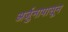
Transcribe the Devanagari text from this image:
अर्जुनापासून